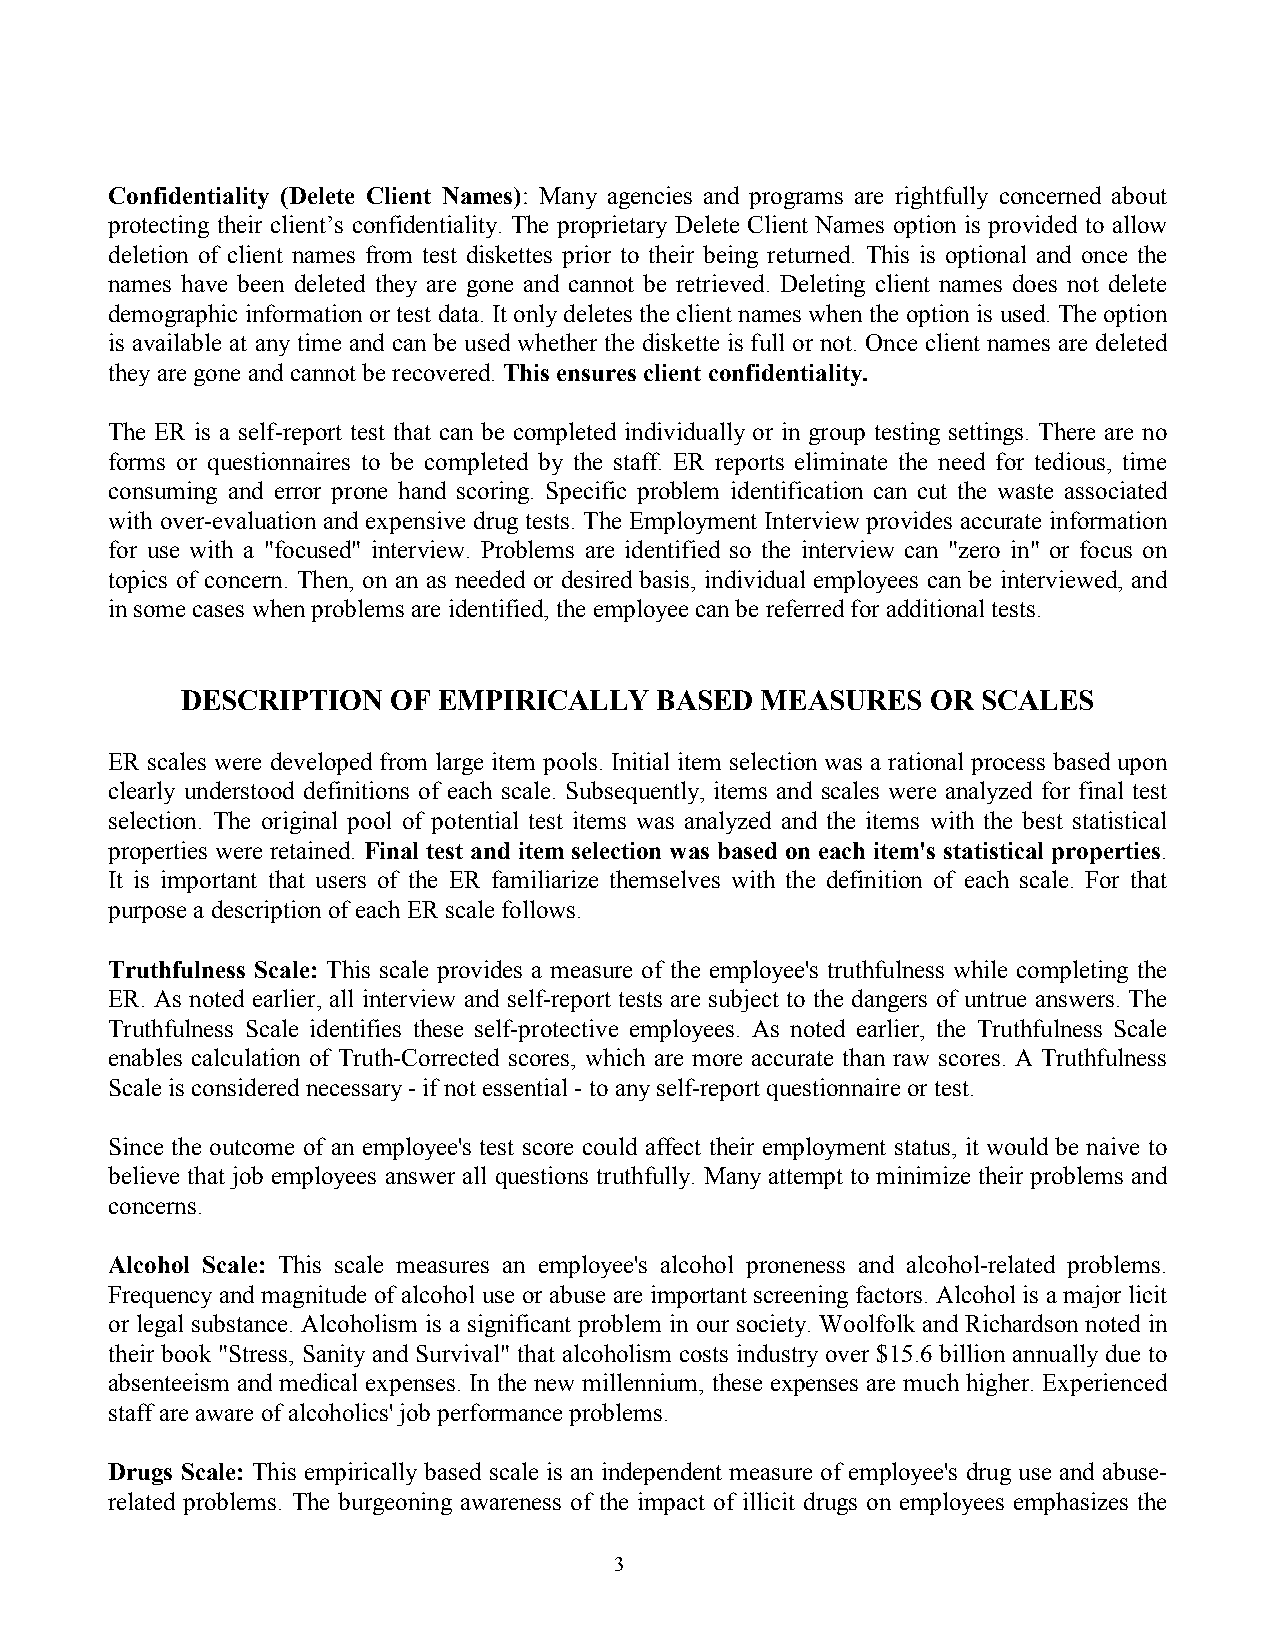
Confidentiality (Delete Client Names): Many agencies and programs are rightfully concerned about
 protecting their client’s confidentiality. The proprietary Delete Client Names option is provided to allow
 deletion of client names from test diskettes prior to their being returned. This is optional and once the
 names have been deleted they are gone and cannot be retrieved. Deleting client names does not delete
 demographic information or test data. It only deletes the client names when the option is used. The option
 is available at any time and can be used whether the diskette is full or not. Once client names are deleted
 they are gone and cannot be recovered. This ensures client confidentiality.
 The ER is a self-report test that can be completed individually or in group testing settings. There are no
 forms or questionnaires to be completed by the staff. ER reports eliminate the need for tedious, time
 consuming and error prone hand scoring. Specific problem identification can cut the waste associated
 with over-evaluation and expensive drug tests. The Employment Interview provides accurate information
 for use with a "focused" interview. Problems are identified so the interview can "zero in" or focus on
 topics of concern. Then, on an as needed or desired basis, individual employees can be interviewed, and
 in some cases when problems are identified, the employee can be referred for additional tests.
 DESCRIPTION   OF EMPIRICALLY   BASED  MEASURES    OR SCALES
 ER scales were developed from large item pools. Initial item selection was a rational process based upon
 clearly understood definitions of each scale. Subsequently, items and scales were analyzed for final test
 selection. The original pool of potential test items was analyzed and the items with the best statistical
 properties were retained. Final test and item selection was based on each item's statistical properties.
 It is important that users of the ER familiarize themselves with the definition of each scale. For that
 purpose a description of each ER scale follows.
 Truthfulness Scale: This scale provides a measure of the employee's truthfulness while completing the
 ER. As noted earlier, all interview and self-report tests are subject to the dangers of untrue answers. The
 Truthfulness Scale identifies these self-protective employees. As noted earlier, the Truthfulness Scale
 enables calculation of Truth-Corrected scores, which are more accurate than raw scores. A Truthfulness
 Scale is considered necessary - if not essential - to any self-report questionnaire or test.
 Since the outcome of an employee's test score could affect their employment status, it would be naive to
 believe that job employees answer all questions truthfully. Many attempt to minimize their problems and
 concerns.
 Alcohol Scale: This scale measures an employee's alcohol proneness and alcohol-related problems.
 Frequency and magnitude of alcohol use or abuse are important screening factors. Alcohol is a major licit
 or legal substance. Alcoholism is a significant problem in our society. Woolfolk and Richardson noted in
 their book "Stress, Sanity and Survival" that alcoholism costs industry over $15.6 billion annually due to
 absenteeism and medical expenses. In the new millennium, these expenses are much higher. Experienced
 staff are aware of alcoholics' job performance problems.
 Drugs Scale: This empirically based scale is an independent measure of employee's drug use and abuse-
 related problems. The burgeoning awareness of the impact of illicit drugs on employees emphasizes the
 3